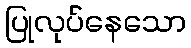
ပြုလုပ်နေသော